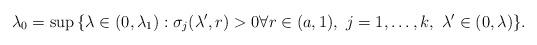
LaTeX: \begin{align*}\lambda_0 = \sup\, \{\lambda \in (0,\lambda_1): \sigma_j(\lambda',r) >0 \forall r\in (a,1), \ j=1,\ldots, k , \ \lambda'\in (0,\lambda) \}.\end{align*}